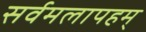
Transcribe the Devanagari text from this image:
सर्वमलापहम्